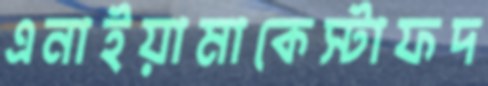
এনাইয়ামাকেস্টাফদ